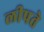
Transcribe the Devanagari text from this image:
लीपते